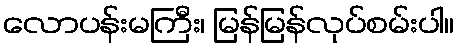
လောပန်းမကြီး၊ မြန်မြန်လုပ်စမ်းပါ။